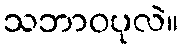
သဘာဝပုလဲ။